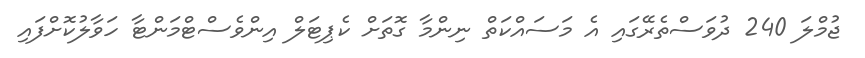
ޖުމްލަ 240 ދުވަސްތެރޭގައި އެ މަސައްކަތް ނިންމާ ގޮތަށް ކެޕިޓަލް އިންވެސްޓްމަންޓާ ހަވާލުކޮށްފައި